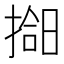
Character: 𫽰